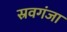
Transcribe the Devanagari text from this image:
स्रवगंजा